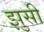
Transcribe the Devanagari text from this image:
झुसी